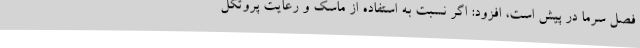
فصل سرما در پیش است، افزود: اگر نسبت به استفاده از ماسک و رعایت پروتکل